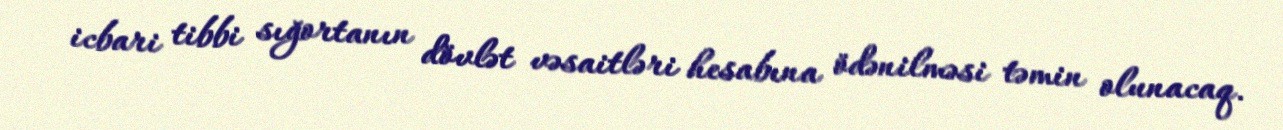
icbari tibbi sığortanın dövlət vəsaitləri hesabına ödənilməsi təmin olunacaq.